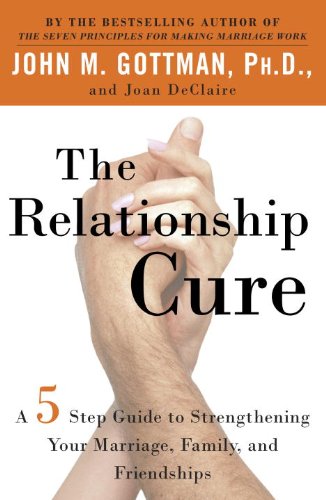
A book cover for The Relationship Cure: A 5 Step Guide to Strengthening Your Marriage, Family, and Friendships; John Gottman; Parenting & Relationships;